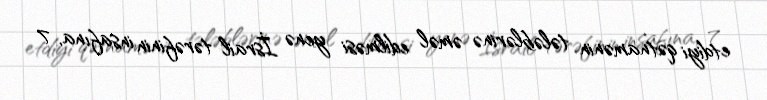
etdiyi qətnamənin tələblərinə əməl edilməsi yenə İsrail tərəfinin insafına, 7